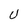
Character: U